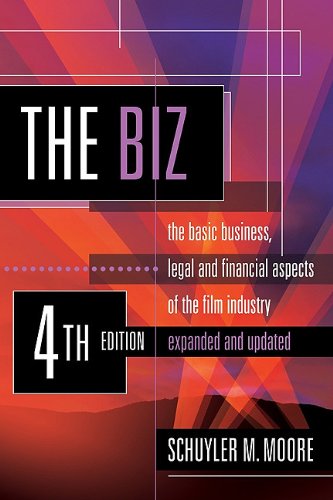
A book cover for The Biz: The Basic Business, Legal and Financial Aspects of the Film Industry, 4th Ed.; Schuyler M. Moore; Humor & Entertainment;